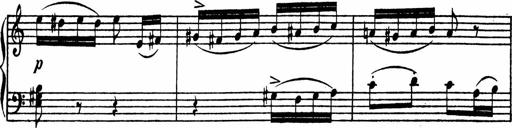
Title: Piano Sonata
Composer: Karl HÃ¤ssler
Key: C major